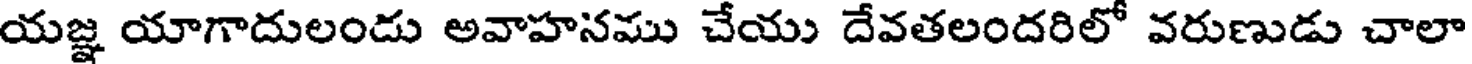
యజ్ఞ యాగాదులండు అవాహనము చేయు దేవతలందరిలో వరుణుడు చాలా